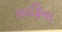
સાફિના